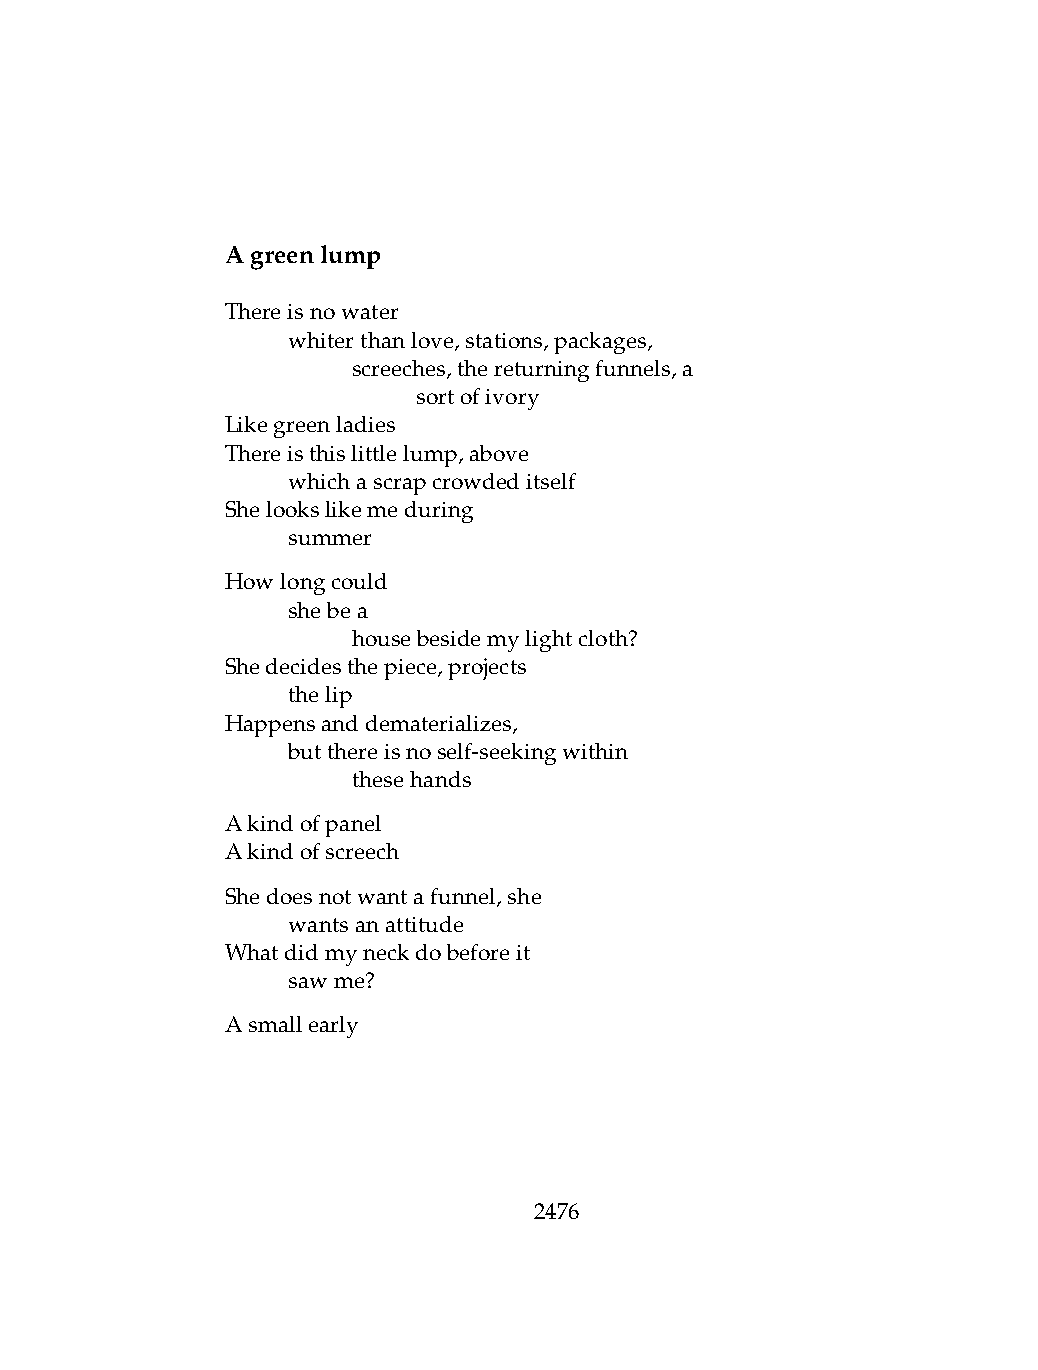
Agreenlump
 Thereisnowater
 .   whiterthanlove,stations,packages,
 .   .   screeches,thereturningfunnels,a
 .   .   .    sortofivory
 Likegreenladies
 Thereisthislittlelump,above
 .   whichascrapcrowdeditself
 Shelookslikemeduring
 .   summer
 Howlongcould
 .   shebea
 .   .   housebesidemylightcloth?
 Shedecidesthepiece,projects
 .   thelip
 Happensanddematerializes,
 .   butthereisnoself-seekingwithin
 .   .   thesehands
 Akindofpanel
 Akindofscreech
 Shedoesnotwantafunnel,she
 .   wantsanattitude
 Whatdidmyneckdobeforeit
 .   sawme?
 Asmallearly
 2476